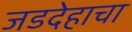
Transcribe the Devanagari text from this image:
जडदेहाचा